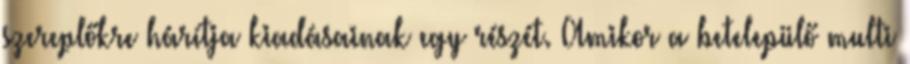
szereplőkre hárítja kiadásainak egy részét. Amikor a betelepülő multi